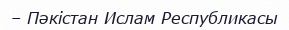
– Пәкістан Ислам Республикасы